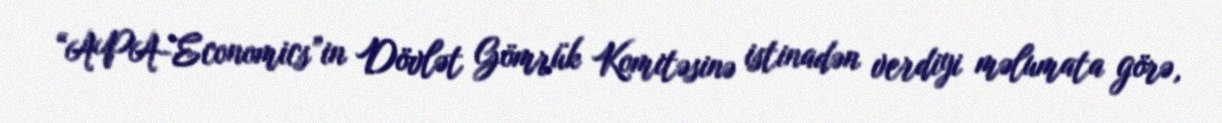
“APA-Economics”in Dövlət Gömrük Komitəsinə istinadən verdiyi məlumata görə,